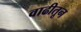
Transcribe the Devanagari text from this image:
वाढीतून